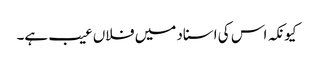
کیونکہ اس کی اسناد میں فلاں عیب ہے۔